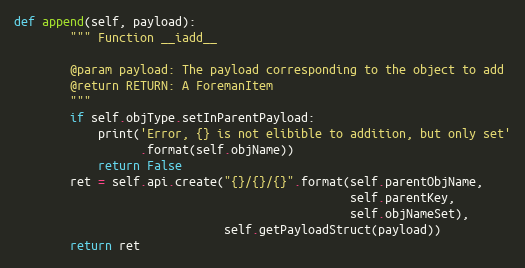
Language: Python
def append(self, payload):
        """ Function __iadd__

        @param payload: The payload corresponding to the object to add
        @return RETURN: A ForemanItem
        """
        if self.objType.setInParentPayload:
            print('Error, {} is not elibible to addition, but only set'
                  .format(self.objName))
            return False
        ret = self.api.create("{}/{}/{}".format(self.parentObjName,
                                                self.parentKey,
                                                self.objNameSet),
                              self.getPayloadStruct(payload))
        return ret